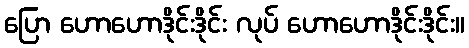
ပြော ဟောဟောဒိုင်းဒိုင်း လုပ် ဟောဟောဒိုင်းဒိုင်း။